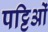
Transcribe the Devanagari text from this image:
पट्टिओं